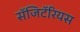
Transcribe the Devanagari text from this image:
सॅजिटॅरियस